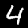
Digit: 4